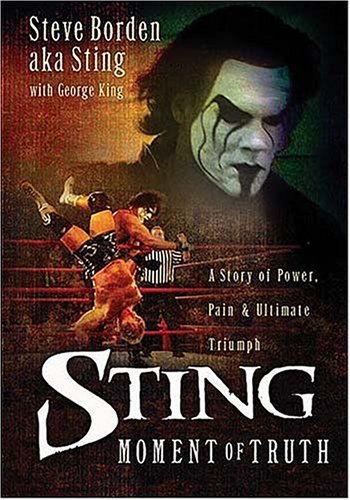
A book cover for Sting: Moment of Truth; Steve a.k.a Sting Borden; Biographies & Memoirs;